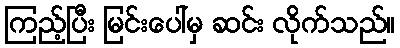
ကြည့်ပြီး မြင်းပေါ်မှ ဆင်း လိုက်သည်။